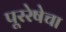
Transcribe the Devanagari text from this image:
पूररेषेचा